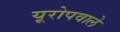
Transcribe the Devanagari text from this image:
यूरोपवाले